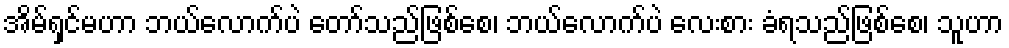
အိမ်ရှင်မဟာ ဘယ်လောက်ပဲ တော်သည်ဖြစ်စေ၊ ဘယ်လောက်ပဲ လေးစား ခံရသည်ဖြစ်စေ၊ သူဟာ